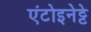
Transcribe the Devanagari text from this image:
एंटोइनेट्टे